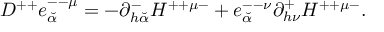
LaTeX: { \cal D } ^ { + + } e _ { \breve { \alpha } } ^ { -- \mu } = - \partial _ { h { \breve { \alpha } } } ^ { - } H ^ { + + \mu - } + e _ { \breve { \alpha } } ^ { -- \nu } \partial _ { h \nu } ^ { + } H ^ { + + \mu - } .